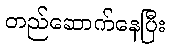
တည်ဆောက်နေပြီး